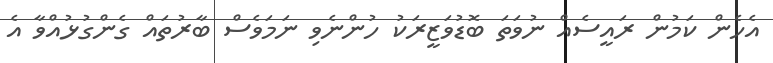
އެހެން ކަމުން ރައީސެއް ނުވަތަ ބޮޑުވަޒީރަކު ހުންނެވި ނަމަވެސް ބާރުތައް ގެންގުޅުއްވާ އެ